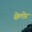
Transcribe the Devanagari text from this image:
सेलोर